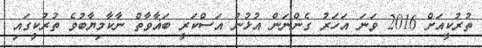
ތުރުކީއަށް 2016 ވަނަ އަހަރު ގެންނަން އުޅުނު އަސްކަރީ ބަޣާވާތް ނާކާމިޔާބުވެ ތުރުކީގައި